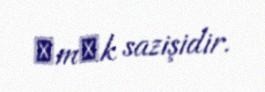
әmәk sazişidir.